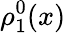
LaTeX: \rho_{1}^{0}(x)